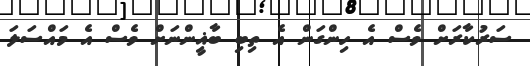
ސަރުކާރަށް ވެސް އެ ހިންގަން އެ ތިބި ބާޣީންނަށް ވެސް އެ މައްސަލަ